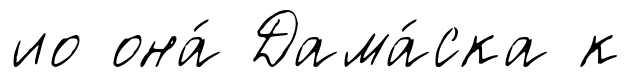
ио она́ Дама́ска к